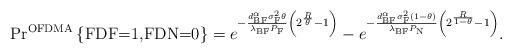
LaTeX: \begin{align*} &\textrm{Pr}^{\textrm{OFDMA}}\left\lbrace \textrm{FDF=1,FDN=0}\right\rbrace=e^{-\frac{d_{\textrm{BF}}^{\alpha} \sigma_{\textrm{F}}^{2} \theta}{\lambda_{\textrm{BF}} P_{\textrm{F}}}\left(2^{\frac{R}{\theta}}-1\right)} -e^{-\frac{d_{\textrm{BF}}^{\alpha} \sigma_{\textrm{F}}^{2}(1-\theta)}{\lambda_{\textrm{BF}} P_{\textrm{N}}}\left(2^{\frac{R}{1-\theta}}-1\right)}.\end{align*}